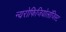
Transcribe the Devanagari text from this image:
न्यरोफिजियोलॉजिस्ट